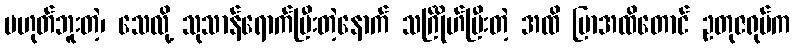
မဟုတ်ဘူးတဲ့၊ သေလို့ သုသာန်ရောက်ပြီးတဲ့နောက် သင်္ဂြိုဟ်ပြီးတဲ့ အထိ ပြာအထိတောင် ဥတုဇရုပ်က